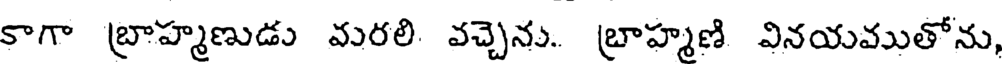
కాగా బ్రాహ్మణుడు మరలి. వచ్చెను. బ్రాహ్మణి వినయముతోను,